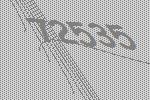
72535